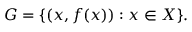
G = \{ ( x , f ( x ) ) : x \in X \} .